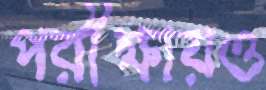
পরীক্ষায়ও